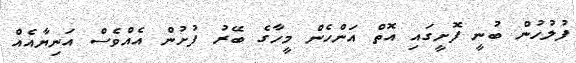
ފުލުހުން ބުނީ ފޮށީގައި އޮތް އަންހެން މީހާގެ ބޭރު ފުށުން އެއްވެސް އަނިޔާއެއް